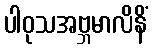
ပါဝုသအဗ္ဘမာလိနိံ